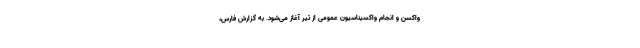
واکسن و انجام واکسیناسیون عمومی از تیر آغاز می‌شود. به گزارش فارس،